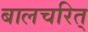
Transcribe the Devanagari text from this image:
बालचरित्